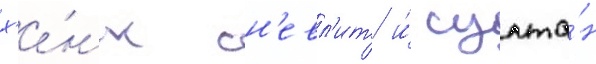
х'е́нк сн'евл'ит и́ султа́н